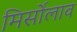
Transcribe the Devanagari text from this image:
मिर्सोलाव